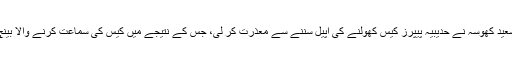
ایکسپریس نیوز کے مطابق سپریم کورٹ کے جسٹس آصف سعید کھوسہ نے حدیبیہ پیپرز کیس کھولنے کی اپیل سننے سے معذرت کر لی، جس کے نتیجے میں کیس کی سماعت کرنے والا بینچ ٹوٹ گیا اور سماعت غیر معینہ مدت تک ملتوی ہوگئی ہے۔